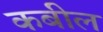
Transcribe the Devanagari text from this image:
कबील